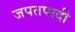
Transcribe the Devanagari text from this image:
जपतपादी